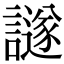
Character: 譢